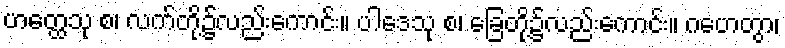
ဟတ္ထေသု စ၊ လက်တို့၌လည်းကောင်း။ ပါဒေသု စ၊ ခြေတို့၌လည်းကောင်း။ ဂဟေတွာ၊